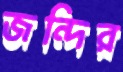
জন্দির